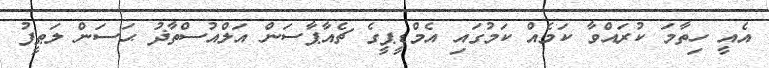
އެއީ ހިތާމަ ކުރައްވާ ކަމެއް ކަމުގައި އެމްޑީޕީގެ ޗެއާޕާސަން އަލްއުސްތާޛު ޙަސަން ލަޠީފު